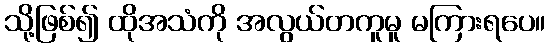
သို့ဖြစ်၍ ထိုအသံကို အလွယ်တကူမူ မကြားရပေ။